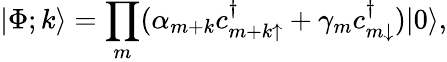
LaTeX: |\Phi;k\rangle=\prod_{m}(\alpha_{m+k}c_{{m+k}\uparrow}^{\dagger}+\gamma_{m}c_{m\downarrow}^{\dagger})|0\rangle,